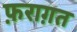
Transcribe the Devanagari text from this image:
फ़राग़त